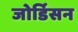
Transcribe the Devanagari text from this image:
जोर्डिसन